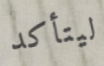
ليتأكد